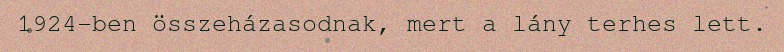
1924-ben összeházasodnak, mert a lány terhes lett.